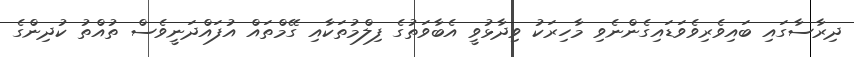
ދިރާސާގައި ބައިވެރިވެވަޑައިގެންނެވި މާހިރަކު ވިދާޅުވީ އެބާވަތުގެ ފިލްމުތަކާއި ގޭމްތައް އުފައްދަނީވެސް ތުއްތު ކުދިންގެ